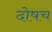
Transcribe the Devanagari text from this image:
दोषच